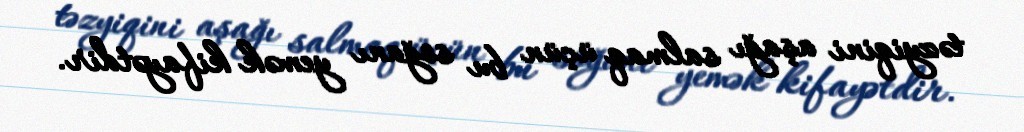
təzyiqini aşağı salmaq üçün bu soğanı yemək kifayətdir.